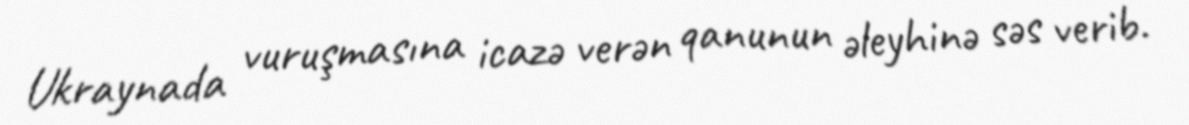
Ukraynada vuruşmasına icazə verən qanunun əleyhinə səs verib.